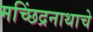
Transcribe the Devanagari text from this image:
मच्छिंद्रनाथाचे